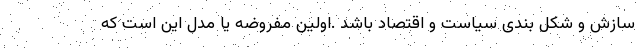
سازش و شکل بندی سیاست و اقتصاد باشد .اولین مفروضه یا مدل این است که